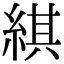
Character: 綨